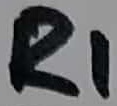
Text: R1